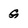
Character: g